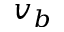
v _ { b }